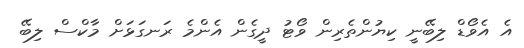
އެ އެވޯޑް ލިބޭނީ ކިޔުންތެރިން ވޯޓު ދީގެން އެންމެ ރަނގަޅަށް މާކްސް ލިބޭ